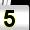
Digit: 5